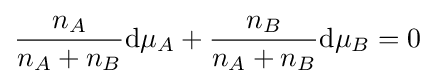
{\frac {n_{A}}{n_{A}+n_{B}}}\mathrm {d} \mu _{A}+{\frac {n_{B}}{n_{A}+n_{B}}}\mathrm {d} \mu _{B}=0